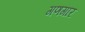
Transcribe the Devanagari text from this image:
गणगार